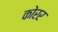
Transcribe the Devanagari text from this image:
कोरर